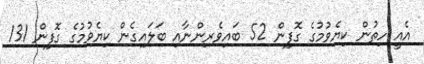
އެއީ ހިތުން ކިޔެވުމުގެ ގޮފިން 52 ބައިވެރިންނާއި ބަލައިގެން ކިޔެވުމުގެ ގޮފިން 131